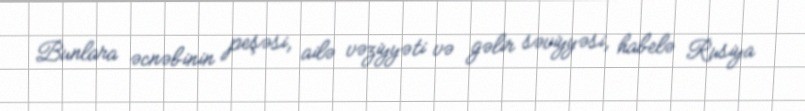
Bunlara əcnəbinin peşəsi, ailə vəziyyəti və gəlir səviyyəsi, habelə Rusiya